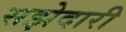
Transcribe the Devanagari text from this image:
सझेदारी